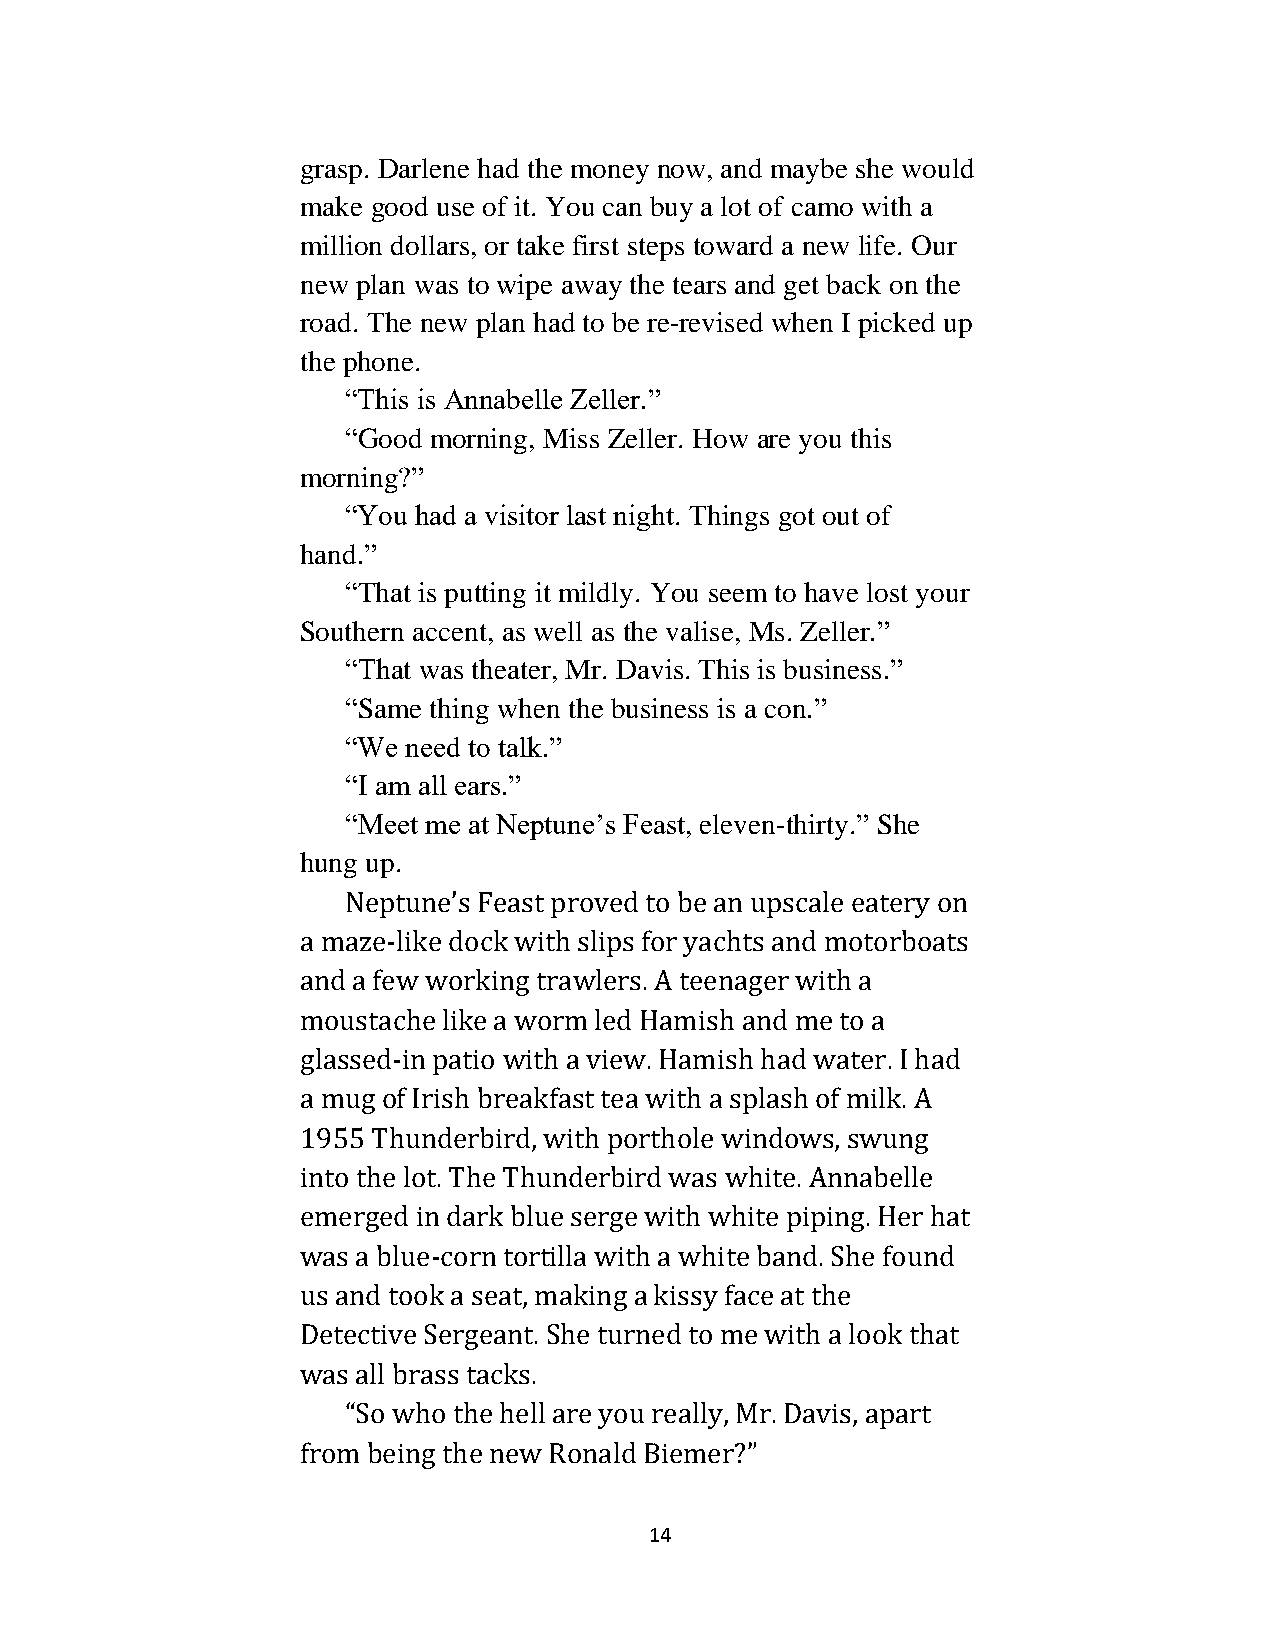
grasp. Darlene had the money now, and maybe she would
 make good use of it. You can buy a lot of camo with a
 million dollars, or take first steps toward a new life. Our
 new plan was to wipe away the tears and get back on the
 road. The new plan had to be re-revised when I picked up
 the phone.
 “This is Annabelle Zeller.”
 “Good morning, Miss Zeller. How are you this
 morning?”
 “You had a visitor last night. Things got out of
 hand.”
 “That is putting it mildly. You seem to have lost your
 Southern accent, as well as the valise, Ms. Zeller.”
 “That was theater, Mr. Davis. This is business.”
 “Same thing when the business is a con.”
 “We need to talk.”
 “I am all ears.”
 “Meet me at Neptune’s Feast, eleven-thirty.” She
 hung up.
 Neptune’s Feast proved to be an upscale eatery on
 a maze-like dock with slips for yachts and motorboats
 and a few working trawlers. A teenager with a
 moustache like a worm led Hamish and me to a
 glassed-in patio with a view. Hamish had water. I had
 a mug of Irish breakfast tea with a splash of milk. A
 1955 Thunderbird, with porthole windows, swung
 into the lot. The Thunderbird was white. Annabelle
 emerged in dark blue serge with white piping. Her hat
 was a blue-corn tortilla with a white band. She found
 us and took a seat, making a kissy face at the
 Detective Sergeant. She turned to me with a look that
 was all brass tacks.
 “So who the hell are you really, Mr. Davis, apart
 from being the new Ronald Biemer?”
 14